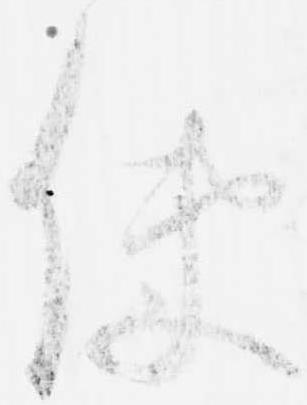
使